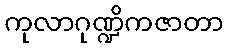
ကုလာဂုဏ္ဍိကဇာတာ